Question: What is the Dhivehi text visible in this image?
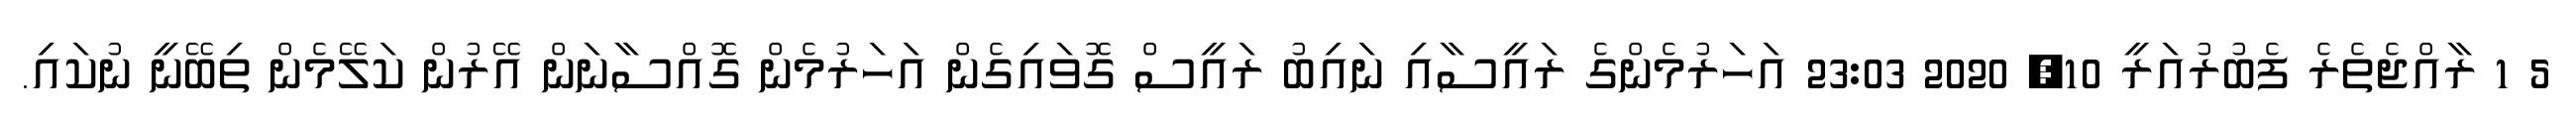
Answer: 5 1 ރާއްޖެތެރެ ފެބުރުއަރީ 10, 2020 23:03 އަހަރުމެންގެ ރައީސާއި ނައިބު ރައީސް ގޮވައިގެން އަހަރުމެން ގޮއްސާނަން އޭރުން ކަލޭމެން ތިބޭނީ ނުކައި.